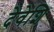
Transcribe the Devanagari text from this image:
देवेशि